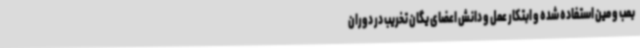
بمب و مین استفاده شده و ابتکار عمل و دانش اعضای یگان تخریب در دوران